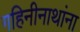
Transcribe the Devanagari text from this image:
गहिनीनाथांना